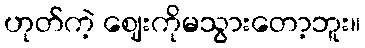
ဟုတ်ကဲ့ ဈေးကိုမသွားတော့ဘူး။